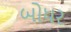
બોધર